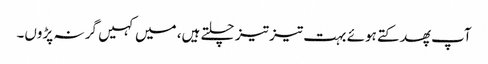
آپ پھدکتے ہوئے بہت تیز تیز چلتے ہیں، میں کہیں گر نہ پڑوں۔